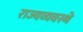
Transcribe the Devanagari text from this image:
राज्यव्यवस्थे